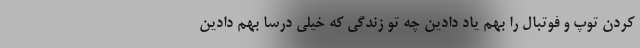
کردن توپ و فوتبال را بهم یاد دادین چه تو زندگی که خیلی درسا بهم دادین